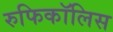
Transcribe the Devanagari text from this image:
रुफिकॉलिस